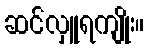
ဆင်လှူရကျိုး။